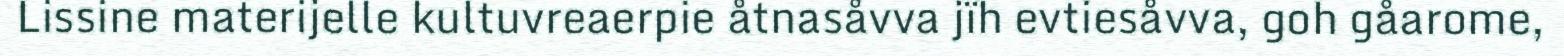
Lissine materijelle kultuvreaerpie åtnasåvva jïh evtiesåvva, goh gåarome,